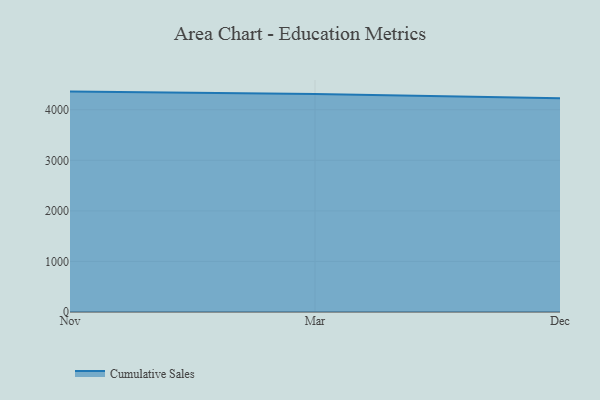
{"axis": {"x": "Month", "y": "Revenue (USD Million)"}, "legend": ["Cumulative Sales"], "data": [{"x": "Nov", "y": 4359.7, "type": "Cumulative Sales"}, {"x": "Mar", "y": 4311.4, "type": "Cumulative Sales"}, {"x": "Dec", "y": 4225.9, "type": "Cumulative Sales"}]}